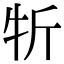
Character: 㸫